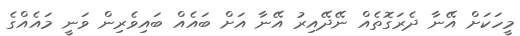
މީހަކަށް އޭނާ ދެރަގޮތެއް ނޭދޭއިރު އޭނާ އަށް ބައެއް ބައިވެރިން ވަނީ މައެއްގެ